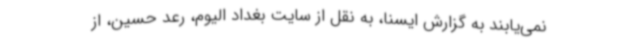
نمی‌یابند به گزارش ایسنا، به نقل از سایت بغداد الیوم، رعد حسین، از